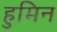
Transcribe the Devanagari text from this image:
हुमिन